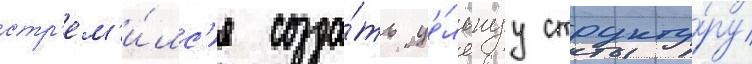
стр'ем'и́лс'я созда́ть це́льнуу структу́ру